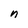
Character: n